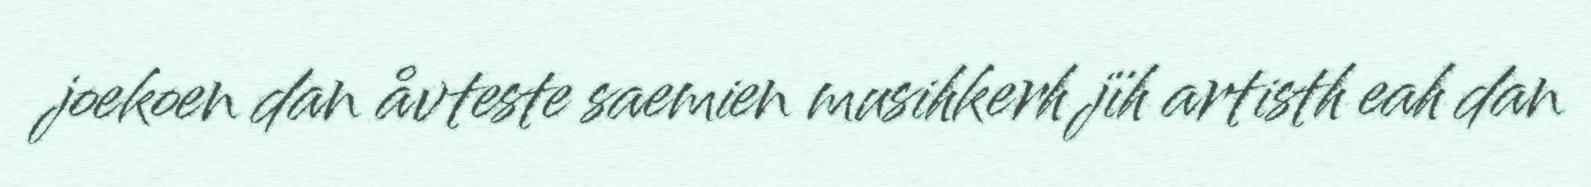
joekoen dan åvteste saemien musihkerh jïh artisth eah dan